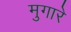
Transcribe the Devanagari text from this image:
मुगारे